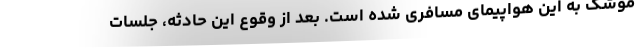
موشک به این هواپیمای مسافری شده است. بعد از وقوع این حادثه، جلسات